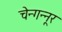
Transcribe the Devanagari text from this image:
चेन्गन्नूर